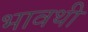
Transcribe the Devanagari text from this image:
भावथी